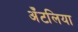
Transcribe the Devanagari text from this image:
अँटलिया